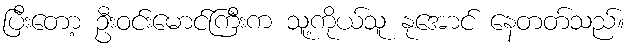
ပြီးတော့ ဦးဝင်းမောင်ကြီးက သူ့ကိုယ်သူ နုအောင် နေတတ်သည်။